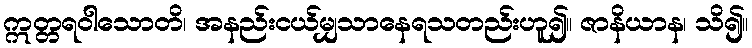
ဣတ္တရဝါသောတိ၊ အနည်းငယ်မျှသာနေရသတည်းဟူ၍။ ဇာနိယာန၊ သိ၍။